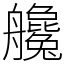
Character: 艬